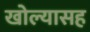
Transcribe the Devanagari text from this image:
खोल्यासह